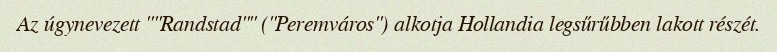
Az úgynevezett ""Randstad"" ("Peremváros") alkotja Hollandia legsűrűbben lakott részét.